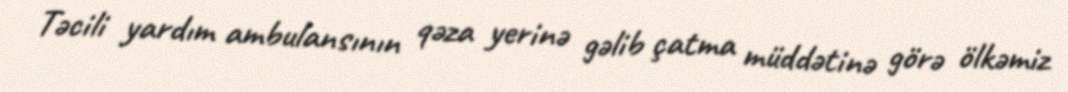
Təcili yardım ambulansının qəza yerinə gəlib çatma müddətinə görə ölkəmiz